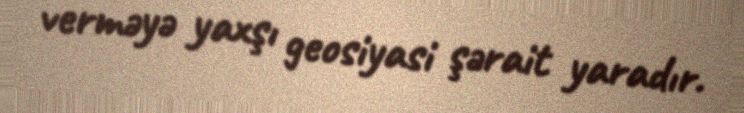
verməyə yaxşı geosiyasi şərait yaradır.